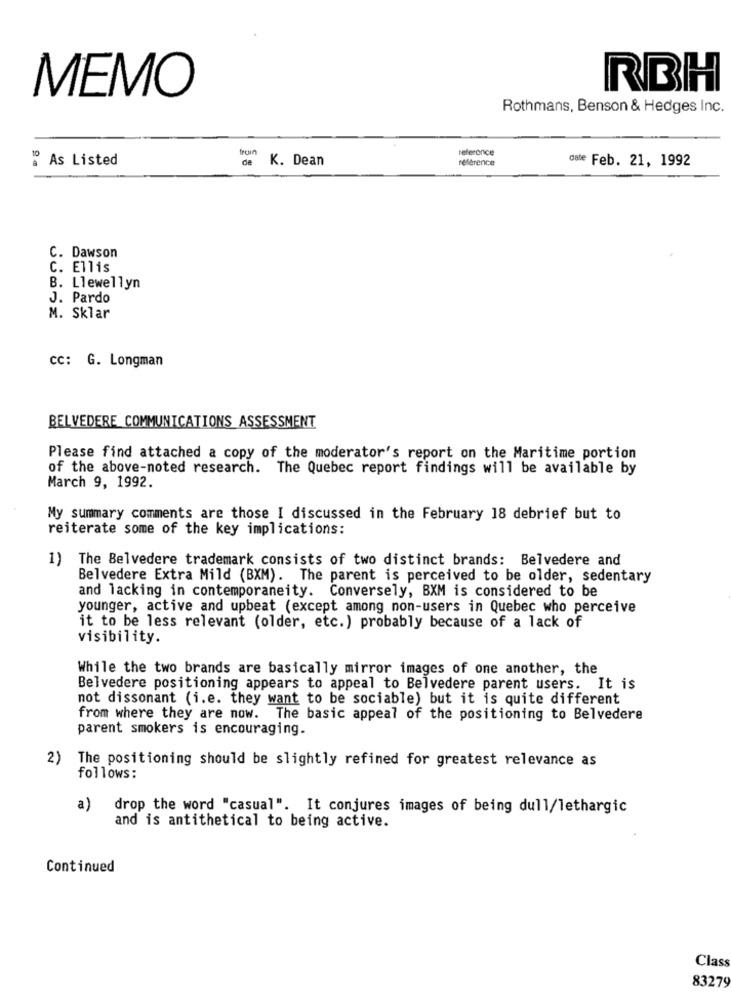
MEMO
RBH
Rothmans, Benson & Hedges Inc.
fron
reference
1º As Listed
de
K. Dean
reference
date Feb. 21, 1992
C. Dawson
C. Ellis
B. Llewellyn
J. Pardo
M. Sklar
Cc: G. Longman
BELVEDERE COMMUNICATIONS ASSESSMENT
Please find attached a copy of the moderator's report on the Maritime portion
of the above-noted research. The Quebec report findings will be available by
March 9, 1992.
My summary comments are those I discussed in the February 18 debrief but to
reiterate some of the key implications:
1) The Belvedere trademark consists of two distinct brands: Belvedere and
Belvedere Extra Mild (BXM). The parent is perceived to be older, sedentary
and lacking in contemporaneity. Conversely, BXM is considered to be
younger, active and upbeat (except among non-users in Quebec who perceive
it to be less relevant (older, etc.) probably because of a lack of
visibility.
While the two brands are basically mirror images of one another, the
Belvedere positioning appears to appeal to Belvedere parent users. It is
not dissonant (i.e. they want to be sociable) but it is quite different
from where they are now. The basic appeal of the positioning to Belvedere
parent smokers is encouraging.
2)
The positioning should be slightly refined for greatest relevance as
follows:
a)
drop the word "casual". It conjures images of being dull/lethargic
and is antithetical to being active.
Continued
Class
83275